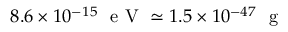
8 . 6 \times 1 0 ^ { - 1 5 } \ \mathrm { ~ e ~ V ~ } \simeq 1 . 5 \times 1 0 ^ { - 4 7 } \ \mathrm { ~ g ~ }